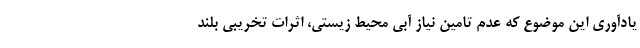
یادآوری این موضوع که عدم تامین نیاز آبی محیط زیستی، اثرات تخریبی بلند